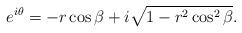
LaTeX: \begin{align*}e^{i\theta}=-r\cos \beta+i\sqrt{1-r^2\cos^2 \beta }.\end{align*}